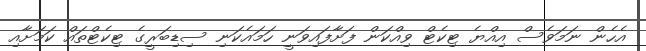
އެހެން ނަމަވެސް އިއްޔެ ޓިކެޓް ވިއްކަން ފަށާފައިވަނީ ހަމައެކަނި ސިޑިބަރީގެ ޓިކެޓްތައް ކަމަށާއި